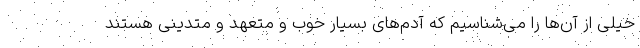
خیلی از آن‌ها را می‌شناسیم که آدم‌های بسیار خوب و متعهد و متدینی هستند